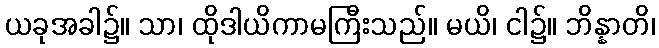
ယခုအခါ၌။ သာ၊ ထိုဒါယိကာမကြီးသည်။ မယိ၊ ငါ၌။ ဘိန္နာတိ၊